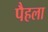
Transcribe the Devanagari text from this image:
पैहला